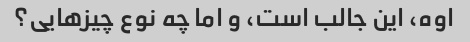
اوه، این جالب است، و اما چه نوع چیزهایی؟